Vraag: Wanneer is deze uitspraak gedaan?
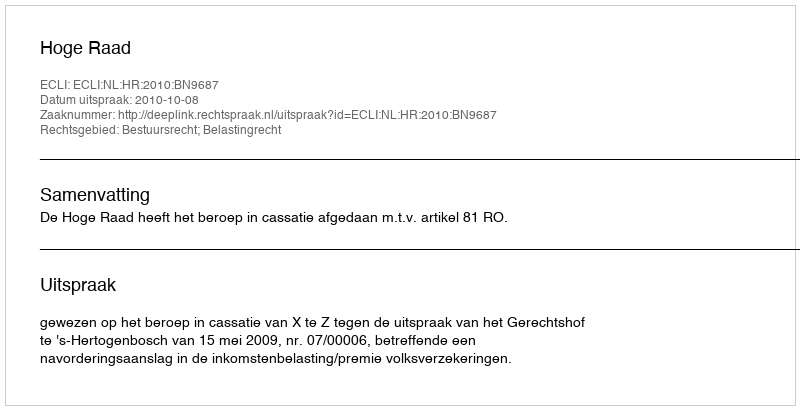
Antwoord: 2010-10-08